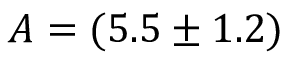
A = ( 5 . 5 \pm 1 . 2 )